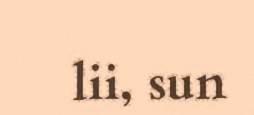
lii, sun